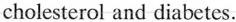
cholesterol and diabetes.